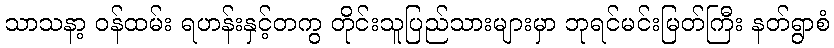
သာသနာ့ ဝန်ထမ်း ရဟန်းနှင့်တကွ တိုင်းသူပြည်သားများမှာ ဘုရင်မင်းမြတ်ကြီး နတ်ရွာစံ